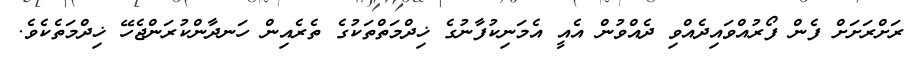
ރަށްރަށަށް ފެން ފޯރުއްވައިދެއްވި ދެއްވުން އެއީ އެމަނިކުފާނުގެ ޚިދްމަތްތަކުގެ ތެރެއިން ހަނދާންކުރަންޖެހޭ ޚިދްމަތެކެވެ.